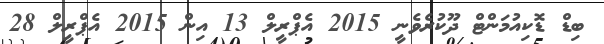
ބިޑް ޑޮކިއުމަންޓް ދޫކުރެވެނީ 2015 އެޕްރީލް 13 އިން 2015 އެޕްރީލް 28